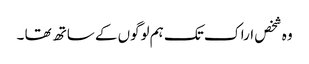
وہ شخص اراک تک ہم لوگوں کے ساتھ تھا ۔